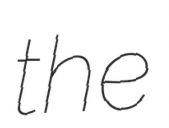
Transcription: the